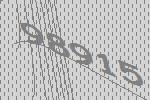
98915